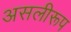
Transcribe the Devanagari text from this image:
असलीरूप